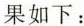
果如下：